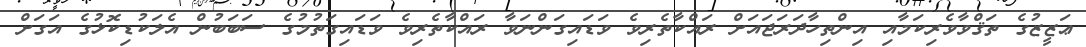
ޢަޒީޒުގެ ތަޤްވާވެރިކަމާއި އިންތިހާދަރަޖައަށް ރައްކާތެރިވެ ވަޑައިގަންނަވާ ރައްކާތެރިވެ ވަޑައިގަތުމުގެ ސަބަބުން އެލަކުޑިކޮޅުގެ އަގަށް